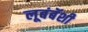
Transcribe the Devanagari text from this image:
लूबंबॅशी